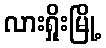
လားရှိုးမြို့